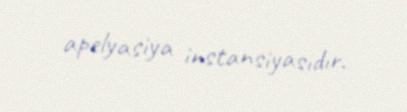
apelyasiya instansiyasıdır.